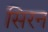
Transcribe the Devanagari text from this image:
सिरन